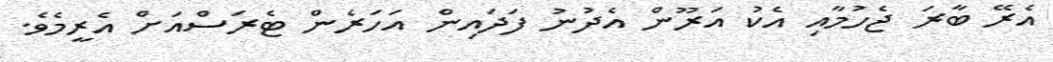
އެރޭ ބާރަ ޖެހުމާއި އެކު އަރޫން އެދުނު ފަދައިން އަހަރެން ޓެރަސްއަށް އެރީމެވެ.